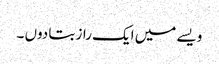
ویسے میں ایک راز بتا دوں ۔